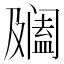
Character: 𨸍